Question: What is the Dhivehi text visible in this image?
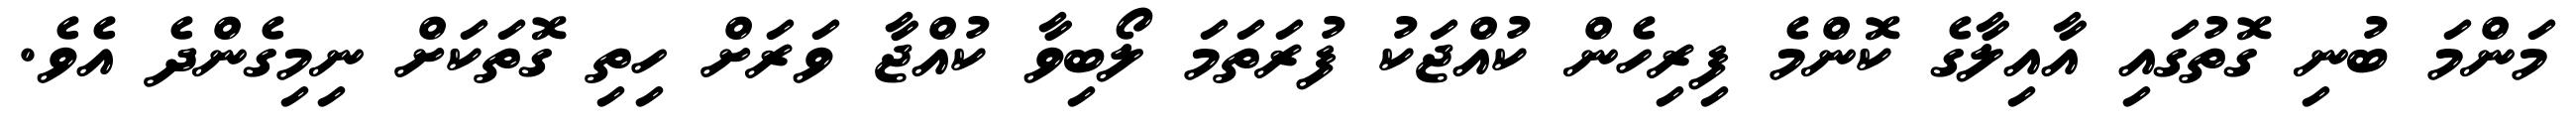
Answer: މަންމަ ބުނި ގޮތުގައި އާއިލާގެ ކޮންމެ ފިރިހެން ކުއްޖަކު ފުރަތަމަ ލޯބިވާ ކުއްޖާ ވަރަށް ހިތި ގޮތަކަށް ނިމިގެންދެ އެވެ.